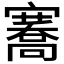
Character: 𭔣